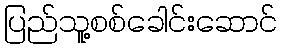
ပြည်သူ့စစ်ခေါင်းဆောင်